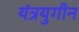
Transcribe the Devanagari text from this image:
यंत्रयुगीन